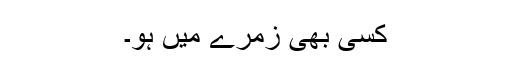
کسی بھی زمرے میں ہو۔